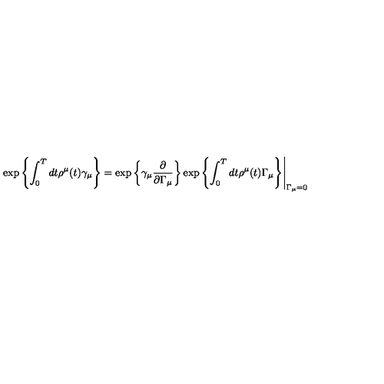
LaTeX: \exp \left\{ \int _ { 0 } ^ { T } d t \rho ^ { \mu } ( t ) \gamma _ { \mu } \right\} = \exp \left\{ \gamma _ { \mu } \frac { \partial } { \partial \Gamma _ { \mu } } \right\} \exp \left\{ \int _ { 0 } ^ { T } d t \rho ^ { \mu } ( t ) \Gamma _ { \mu } \right\} \Biggr | _ { \Gamma _ { \mu } = 0 }